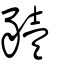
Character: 豷